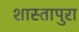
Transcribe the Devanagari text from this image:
शास्तापुरा